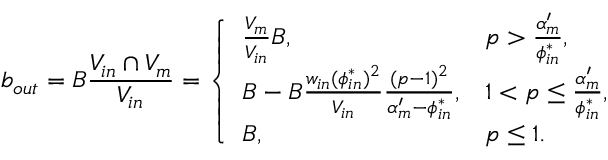
b _ { o u t } = B \frac { V _ { i n } \cap V _ { m } } { V _ { i n } } = \left\{ \begin{array} { l l } { \frac { V _ { m } } { V _ { i n } } B , } & { p > \frac { \alpha _ { m } ^ { \prime } } { \phi _ { i n } ^ { * } } , } \\ { B - B \frac { w _ { i n } ( \phi _ { i n } ^ { * } ) ^ { 2 } } { V _ { i n } } \frac { ( p - 1 ) ^ { 2 } } { \alpha _ { m } ^ { \prime } - \phi _ { i n } ^ { * } } , } & { 1 < p \le \frac { \alpha _ { m } ^ { \prime } } { \phi _ { i n } ^ { * } } , } \\ { B , } & { p \le 1 . } \end{array} \right.